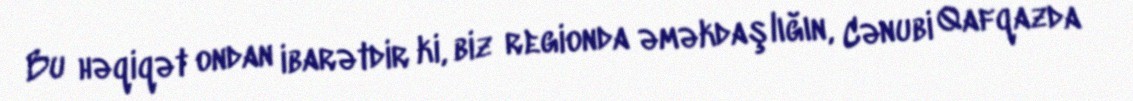
Bu həqiqət ondan ibarətdir ki, biz regionda əməkdaşlığın, Cənubi Qafqazda